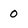
Character: 0